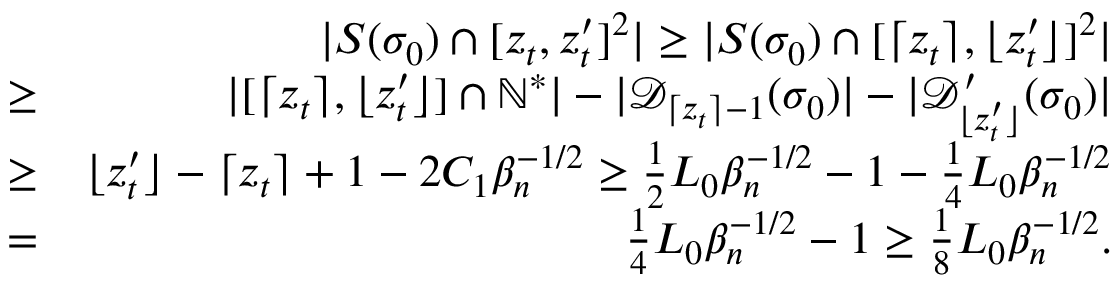
\begin{array} { r l r } & { } & { | S ( \sigma _ { 0 } ) \cap [ z _ { t } , z _ { t } ^ { \prime } ] ^ { 2 } | \geq | S ( \sigma _ { 0 } ) \cap [ \lceil z _ { t } \rceil , \lfloor z _ { t } ^ { \prime } \rfloor ] ^ { 2 } | } \\ & { \geq } & { | [ \lceil z _ { t } \rceil , \lfloor z _ { t } ^ { \prime } \rfloor ] \cap \mathbb { N } ^ { * } | - | \mathcal { D } _ { \lceil z _ { t } \rceil - 1 } ( \sigma _ { 0 } ) | - | \mathcal { D } _ { \lfloor z _ { t } ^ { \prime } \rfloor } ^ { \prime } ( \sigma _ { 0 } ) | } \\ & { \geq } & { \lfloor z _ { t } ^ { \prime } \rfloor - \lceil z _ { t } \rceil + 1 - 2 C _ { 1 } \beta _ { n } ^ { - 1 \slash 2 } \geq \frac { 1 } { 2 } L _ { 0 } \beta _ { n } ^ { - 1 \slash 2 } - 1 - \frac { 1 } { 4 } L _ { 0 } \beta _ { n } ^ { - 1 \slash 2 } } \\ & { = } & { \frac { 1 } { 4 } L _ { 0 } \beta _ { n } ^ { - 1 \slash 2 } - 1 \geq \frac { 1 } { 8 } L _ { 0 } \beta _ { n } ^ { - 1 \slash 2 } . } \end{array}